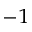
^ { - 1 }